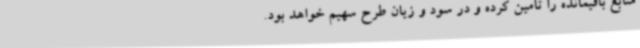
منابع باقیمانده را تامین کرده و در سود و زیان طرح سهیم خواهد بود.